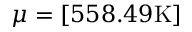
\mu = [ 5 5 8 . 4 9 \mathrm { K } ]